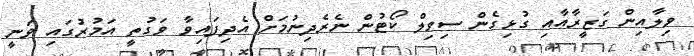
ވިލާއިން ގަޒީރާއާއި ގުޅިގެން ސިވިލް ކޯޓުން ނެރެދިނުމަށް އެދިފައިވާ ވަގުތީ އަމުރުގައި ވަނީ